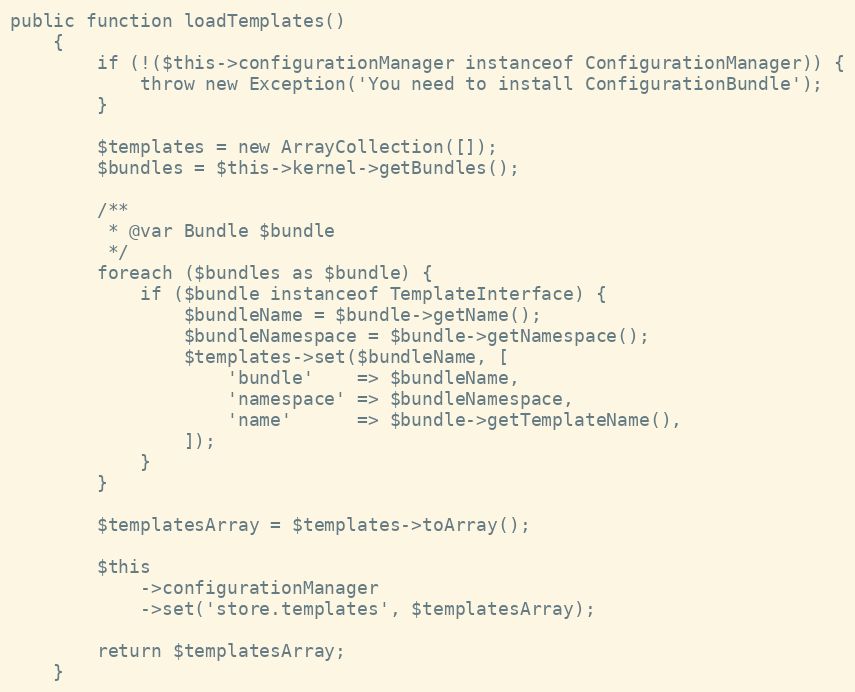
Language: PHP
public function loadTemplates()
    {
        if (!($this->configurationManager instanceof ConfigurationManager)) {
            throw new Exception('You need to install ConfigurationBundle');
        }

        $templates = new ArrayCollection([]);
        $bundles = $this->kernel->getBundles();

        /**
         * @var Bundle $bundle
         */
        foreach ($bundles as $bundle) {
            if ($bundle instanceof TemplateInterface) {
                $bundleName = $bundle->getName();
                $bundleNamespace = $bundle->getNamespace();
                $templates->set($bundleName, [
                    'bundle'    => $bundleName,
                    'namespace' => $bundleNamespace,
                    'name'      => $bundle->getTemplateName(),
                ]);
            }
        }

        $templatesArray = $templates->toArray();

        $this
            ->configurationManager
            ->set('store.templates', $templatesArray);

        return $templatesArray;
    }